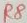
Text: R8